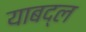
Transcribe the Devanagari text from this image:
याबद्ल